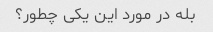
بله در مورد این یکی چطور؟